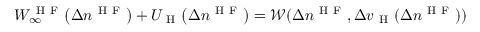
W _ { \infty } ^ { \mathrm { ~ H ~ F ~ } } \! \left( \Delta n ^ { \mathrm { ~ H ~ F ~ } } \right) + U _ { \mathrm { ~ H ~ } } \! \left( \Delta n ^ { \mathrm { ~ H ~ F ~ } } \right) = \mathcal { W } ( \Delta n ^ { \mathrm { ~ H ~ F ~ } } , \Delta v _ { \mathrm { ~ H ~ } } ( \Delta n ^ { \mathrm { ~ H ~ F ~ } } ) )